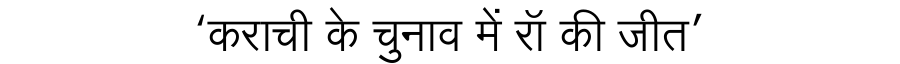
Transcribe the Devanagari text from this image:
‘कराची के चुनाव में रॉ की जीत’